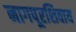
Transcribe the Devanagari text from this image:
नागपूरशिवाय